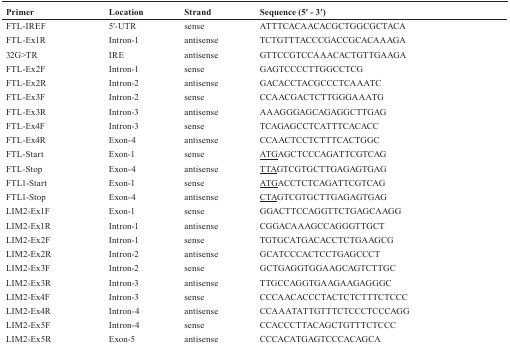
<table><thead><tr><td><b>Primer</b></td><td><b>Location</b></td><td><b>Strand</b></td><td><b>Sequence (5′ - 3′)</b></td></tr></thead><tbody><tr><td>FTL-IREF</td><td>5′-UTR</td><td>sense</td><td>ATTTCACAACACGCTGGCGCTACA</td></tr><tr><td>FTL-Ex1R</td><td>Intron-1</td><td>antisense</td><td>TCTGTTTACCCGACCGCACAAAGA</td></tr><tr><td>32G&gt;TR</td><td>IRE</td><td>antisense</td><td>GTTCCGTCCAAACACTGTTGAAGA</td></tr><tr><td>FTL-Ex2F</td><td>Intron-1</td><td>sense</td><td>GAGTCCCCTTGGCCTCG</td></tr><tr><td>FTL-Ex2R</td><td>Intron-2</td><td>antisense</td><td>GACACCTACGCCCTCAAATC</td></tr><tr><td>FTL-Ex3F</td><td>Intron-2</td><td>sense</td><td>CCAACGACTCTTGGGAAATG</td></tr><tr><td>FTL-Ex3R</td><td>Intron-3</td><td>antisense</td><td>AAAGGGAGCAGAGGCTTGAG</td></tr><tr><td>FTL-Ex4F</td><td>Intron-3</td><td>sense</td><td>TCAGAGCCTCATTTCACACC</td></tr><tr><td>FTL-Ex4R</td><td>Exon-4</td><td>antisense</td><td>CCAACTCCTCTTTCACTGGC</td></tr><tr><td>FTL-Start</td><td>Exon-1</td><td>sense</td><td><underline>ATG</underline>AGCTCCCAGATTCGTCAG</td></tr><tr><td>FTL-Stop</td><td>Exon-4</td><td>antisense</td><td><underline>TTA</underline>GTCGTGCTTGAGAGTGAG</td></tr><tr><td>FTL1-Start</td><td>Exon-1</td><td>sense</td><td><underline>ATG</underline>ACCTCTCAGATTCGTCAG</td></tr><tr><td>FTL1-Stop</td><td>Exon-4</td><td>antisense</td><td><underline>CTA</underline>GTCGTGCTTGAGAGTGAG</td></tr><tr><td>LIM2-Ex1F</td><td>Exon-1</td><td>sense</td><td>GGACTTCCAGGTTCTGAGCAAGG</td></tr><tr><td>LIM2-Ex1R</td><td>Intron-1</td><td>antisense</td><td>CGGACAAAGCCAGGGTTGCT</td></tr><tr><td>LIM2-Ex2F</td><td>Intron-1</td><td>sense</td><td>TGTGCATGACACCTCTGAAGCG</td></tr><tr><td>LIM2-Ex2R</td><td>Intron-2</td><td>antisense</td><td>GCATCCCACTCCTGAGCCCT</td></tr><tr><td>LIM2-Ex3F</td><td>Intron-2</td><td>sense</td><td>GCTGAGGTGGAAGCAGTCTTGC</td></tr><tr><td>LIM2-Ex3R</td><td>Intron-3</td><td>antisense</td><td>TTGCCAGGTGAAGAAGAGGGC</td></tr><tr><td>LIM2-Ex4F</td><td>Intron-3</td><td>sense</td><td>CCCAACACCCTACTCTCTTTCTCCC</td></tr><tr><td>LIM2-Ex4R</td><td>Intron-4</td><td>antisense</td><td>CCAAATATTGTTTCTCCCTCCCAGG</td></tr><tr><td>LIM2-Ex5F</td><td>Intron-4</td><td>sense</td><td>CCACCCTTACAGCTGTTTCTCCC</td></tr><tr><td>LIM2-Ex5R</td><td>Exon-5</td><td>antisense</td><td>CCCACATGAGTCCCACAGCA</td></tr></tbody></table>